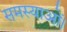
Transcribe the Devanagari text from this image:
समस्याओं।